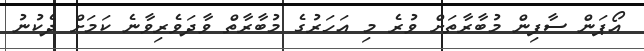
އޯޕަން ސާފިން މުބާރާތަށް ވުރެ މި އަހަރުގެ މުބާރާތް ވާދަވެރިވާނެ ކަމަށް ދެކުނު